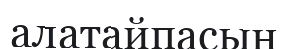
алатайпасын